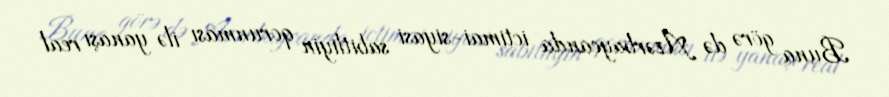
Buna görə də Azərbaycanda ictimai-siyasi sabitliyin qorunması ilə yanaşı real